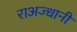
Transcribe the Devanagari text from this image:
राअज्धानी